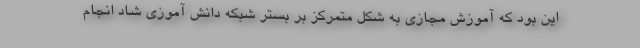
این بود که آموزش مجازی به شکل متمرکز بر بستر شبکه دانش آموزی شاد انجام